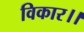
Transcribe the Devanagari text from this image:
विकार।।